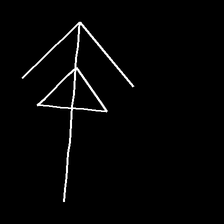
Glyph: pull